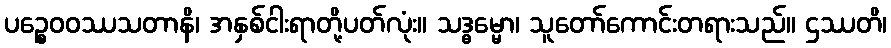
ပဉ္စေဝဝဿသတာနိ၊ အနှစ်ငါးရာတို့ပတ်လုံး။ သဒ္ဓမ္မော၊ သူတော်ကောင်းတရားသည်။ ဌဿတိ၊